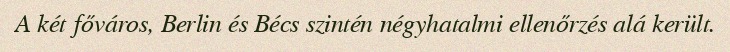
A két főváros, Berlin és Bécs szintén négyhatalmi ellenőrzés alá került.